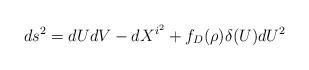
LaTeX: \begin{align*}ds^2=dUdV-dX^{i^2}+f_D(\rho) \delta(U)dU^2\end{align*}